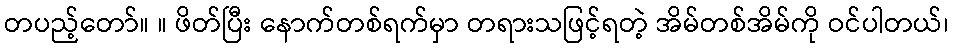
တပည့်တော်။ ။ ဖိတ်ပြီး နောက်တစ်ရက်မှာ တရားသဖြင့်ရတဲ့ အိမ်တစ်အိမ်ကို ဝင်ပါတယ်၊